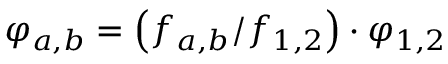
\varphi _ { a , b } = \left( f _ { a , b } / f _ { 1 , 2 } \right) \cdot \varphi _ { 1 , 2 }